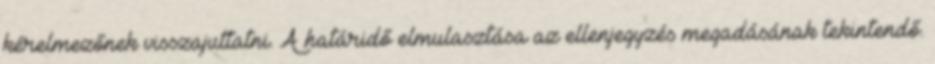
kérelmezőnek visszajuttatni. A határidő elmulasztása az ellenjegyzés megadásának tekintendő.